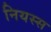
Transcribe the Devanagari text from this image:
नियस्स